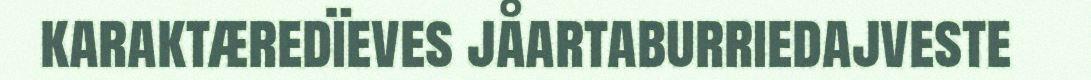
karaktæredïeves jåartaburriedajveste